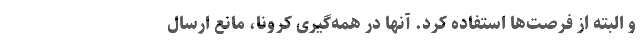
و البته از فرصت‌ها استفاده کرد. آنها در همه‌گیری کرونا، مانع ارسال